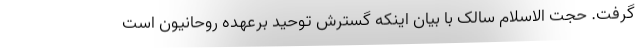
گرفت. حجت الاسلام سالک با بیان اینکه گسترش توحید برعهده روحانیون است